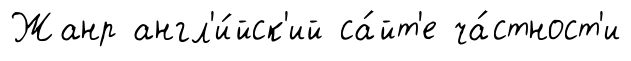
Жанр англ'и́йск'ий са́йт'е ча́стност'и